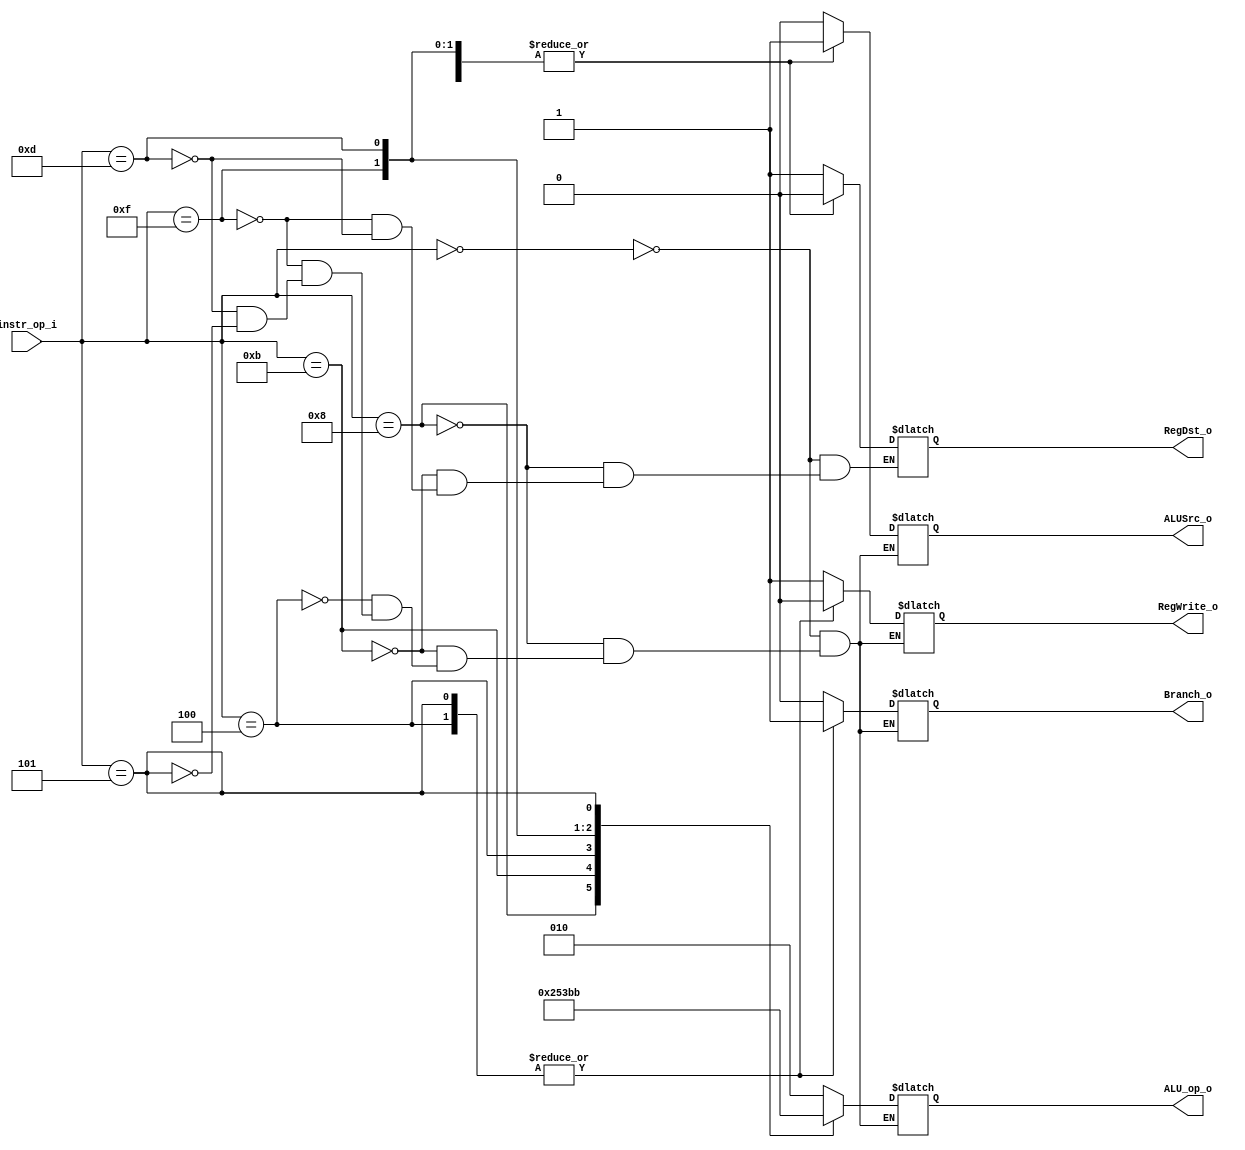
//Subject:     CO project 2 - Decoder
//--------------------------------------------------------------------------------
//Version:     1
//--------------------------------------------------------------------------------
//Writer:      0616223 0616059
//----------------------------------------------
//Date:        4/27
//----------------------------------------------
//Description: instruction decoder
//--------------------------------------------------------------------------------

module Decoder(
  instr_op_i,
	RegWrite_o,
	ALU_op_o,
	ALUSrc_o,
	RegDst_o,
	Branch_o
	);
     
//I/O ports
input  [6-1:0] instr_op_i;

output         RegWrite_o;
output [3-1:0] ALU_op_o;
output         ALUSrc_o;
output         RegDst_o;
output         Branch_o;
 
//Internal Signals
reg    [3-1:0] ALU_op_o;
reg            ALUSrc_o;
reg            RegWrite_o;
reg            RegDst_o;
reg            Branch_o;

//Parameter


//Main function

always @( * )
	
	begin

	case(instr_op_i)

		6'b000000 : 
			begin 
				ALU_op_o = 3'b010; 
				ALUSrc_o = 1'b0; 
				RegWrite_o = 1'b1;
				RegDst_o = 1'b1;
				Branch_o = 1'b0;
			end

		6'b001000 : // aadi
			begin
				ALU_op_o = 3'b100;
				ALUSrc_o = 1'b1;
				RegWrite_o = 1'b1;
				RegDst_o = 1'b0;
				Branch_o = 1'b0;
			end

		6'b001011 : // sltiu 
			begin
				ALU_op_o = 3'b101;
				ALUSrc_o = 1'b1;
				RegWrite_o = 1'b1;
				RegDst_o = 1'b0;
				Branch_o = 1'b0;
			end	

		6'b000100 : // beq
			begin
				ALU_op_o = 3'b001;
				ALUSrc_o = 1'b0;
				RegWrite_o = 1'b0;
				Branch_o = 1'b1;
			end

		6'b001111 : //lui
			begin
				ALU_op_o = 3'b110;
				ALUSrc_o = 1'b1;
				RegWrite_o = 1'b1;
				RegDst_o = 1'b0;
				Branch_o = 1'b0;
			end

		6'b001101 : //ori
			begin
				ALU_op_o = 3'b111;
				ALUSrc_o = 1'b1;
				RegWrite_o = 1'b1;
				RegDst_o = 1'b0;
				Branch_o = 1'b0;
			end

		6'b000101 : //bne
			begin
				ALU_op_o = 3'b011;
				ALUSrc_o = 1'b0;
				RegWrite_o = 1'b0;
				Branch_o = 1'b1;
			end



	endcase

	end

endmodule